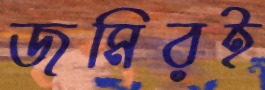
জমিরই